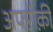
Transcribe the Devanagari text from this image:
अफ्ऱीक़ी